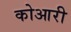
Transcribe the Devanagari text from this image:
कोआरी